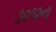
૩૦૧૨ના